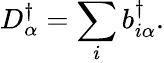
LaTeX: D_{\alpha}^{\dagger}=\sum_{i}b_{i\alpha}^{\dagger}.